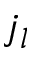
j _ { l }